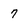
Character: 7